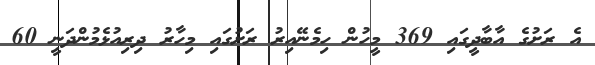
އެ ރަށުގެ އާބާދީގައި 369 މީހުން ހިމެނޭއިރު ރަށުގައި މިހާރު ދިރިއުޅެމުންދަނީ 60